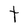
Character: t